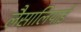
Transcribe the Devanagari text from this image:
लैसालियाई